Annual statistical returns and brief notes on vaccination in Bengal - 1887-1898
Year: 1887
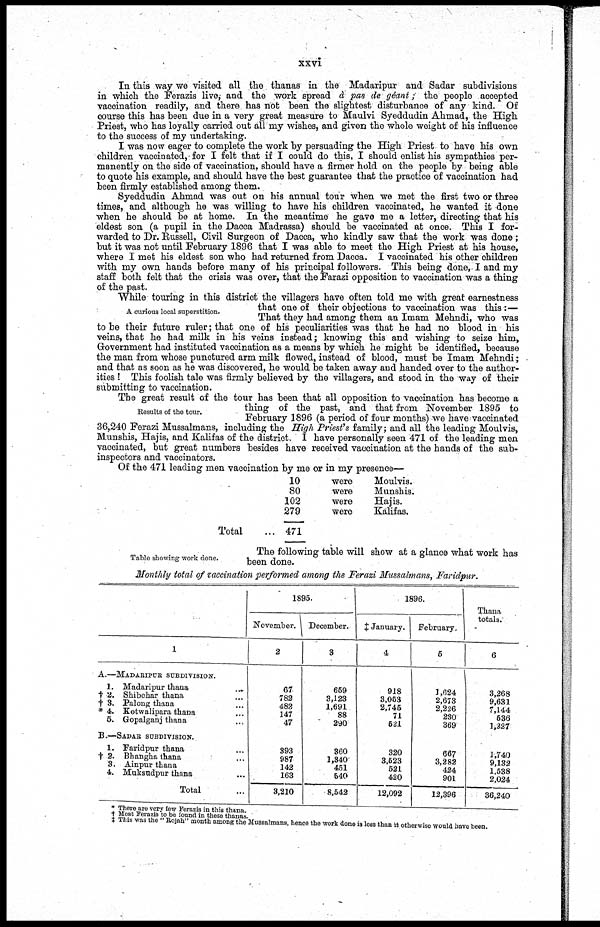
xxvi
In this way we visited all the thanas in the Madaripur and Sadar subdivisions
in which the Ferazis live,- and the work spread d pas de géant; the people accepted
vaccination readily, and there has not been the slightest disturbance of any kind. Of
course this has been due in a very great measure to Maulvi Syeddudin Ahmad, the High
Priest, who has loyally carried out all my wishes, and given the whole weight of his influence
to the success of my undertaking.
I was now eager to complete the work by persuading the High Priest to have his own
children vaccinated, for I felt that if I could do this, I should enlist his sympathies per-
manently on the side of vaccination, should have a firmer hold on the people by being able
to quote his example, and should have the best guarantee that the practice of vaccination had
been firmly established among them.
Syeddudin Ahmad was out on his annual tour when we met the first two or three
times, and although he was willing to have his children vaccinated, he wanted it done
when he should be at home. In the meantime he gave me a letter, directing that his
eldest son (a pupil in the Dacca Madrassa) should be vaccinated at once. This I for-
warded to Dr. Russell, Civil Surgeon of Dacca, who kindly saw that the work was done;
but it was not until February 1896 that I was able to meet the High Priest at his house,
where I met his eldest son who had returned from Dacca. I vaccinated his other children
with my own hands before many of his principal followers. This being done, I and my
staff both felt that the crisis was over, that the Farazi opposition to vaccination was a thing
of the past.
A curious local superstition.
While touring in this district the villagers have often told me with great earnestness
that one of their objections to vaccination was this :—
That they had among them an Imam Mehndi, who was
to be their future ruler; that one of his peculiarities was that he had no blood in his
veins, that he had milk in his veins instead; knowing this and wishing to seize him,
Government had instituted vaccination as a means by which he might be identified, because
the man from whose punctured arm milk flowed, instead of blood, must be Imam Mehndi;
and that as soon as he was discovered, he would be taken away and handed over to the author-
ities ! This foolish tale was firmly believed by the villagers, and stood in the way of their
submitting to vaccination.
Results of the tour.
The great result of the tour has been that all opposition to vaccination has become a
thing of the past, and that from November 1895 to
February 1896 (a period of four months) we have vaccinated
36,240 Ferazi Mussalmans, including the High Priest's family; and all the leading Moulvis,
Munshis, Hajis, and Kalifas of the district. I have personally seen 471 of the leading men
vaccinated, but great numbers besides have received vaccination at the hands of the sub-
inspectors and vaccinators.
Of the 471 leading men vaccination by me or in my presence—
Total ...
10
80
102
279
471
were
Moulvis.
were
Munshis.
were
Hajis.
were
Kalifas.
Table showing work done.
The following table will show at a glance what work has
been done.
Monthly total of vaccination performed among the Ferazi Mussalmans, Faridpur.
1
A.—MADARIPUR SUBDIVISION.
1. Madaripur thana
...
† 2. Shibchar thana ...
† 3. Palong thana ...
* 4. Kotwalipara thana ...
5. Gopalganj thana ...
B.—SADAR SUBDIVISION.
1. Faridpur thana ...
† 2. Bhangha thana ...
3. Ainpur thana ...
4. Muksudpur thana ...
Total ...
1895.
November.
2
67
782
482
147
47
393
987
142
163
3,210
December.
3
659
3,123
1,691
88
290
360
1,340
451
540
8,542
1896.
‡ January.
4
918
3,053
2,745
71
521
320
3,523
521
420
12,092
February.
5
1,624
2,673
2,226
230
369
667
3,282
424
901
12,396
Thana
totals.
6
3,268
9,631
7,144
536
1,227
1,740
9,132
1,538
2,024
36,240
* There are very few Ferazis in this thana.
† Most Ferazis to be found in these thanas.
‡ This was the "Rojah" month among the Mussalmans, hence the work done is less than it otherwise would have been.